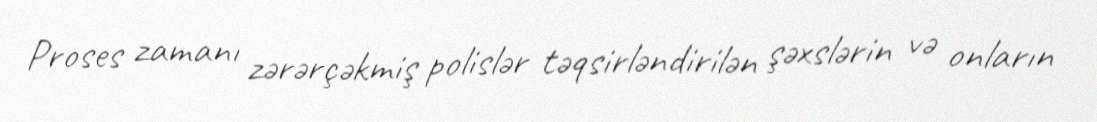
Proses zamanı zərərçəkmiş polislər təqsirləndirilən şəxslərin və onların